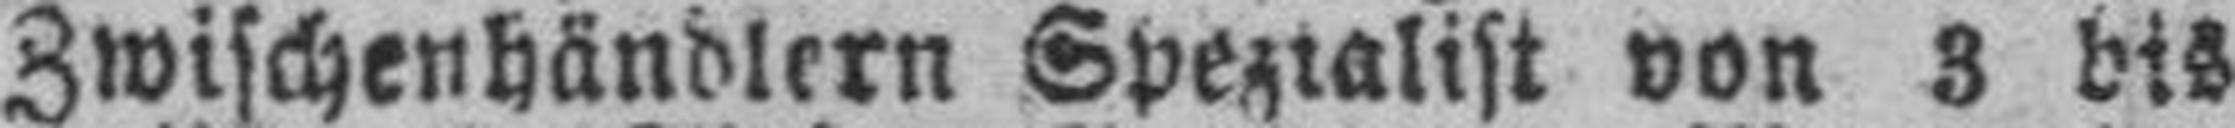
Zwischenhändlern Spezialist von 3 bis